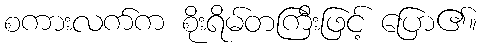
စကားလက်က စိုးရိမ်တကြီးဖြင့် ပြော၏။